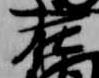
在